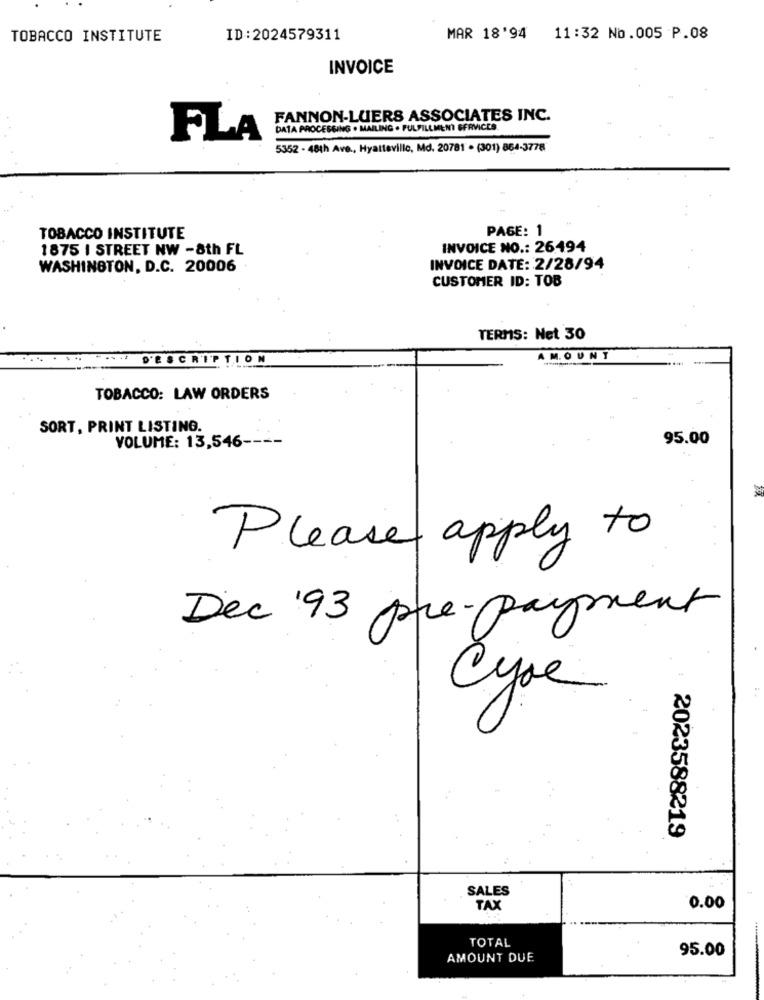
TOBACCO INSTITUTE
ID:2024579311
MAR 18'94 11:32 No.005 P.08
INVOICE
FANNON-LUERS ASSOCIATES INC.
DATA PROCESSING . MAILING . FULFILLMENT SERVICES.
FLA
5352 - 48th Ave ., Hyattsville, Md. 20781 . (301) 864-3778
PAGE: 1
TOBACCO INSTITUTE
1875 I STREET NW -8th FL
INVOICE NO .: 26194
WASHINGTON, D.C. 20006
INVOICE DATE: 2/28/94
CUSTOMER ID: TOB
TERMS: Net 30
DESCRIPTION
AMOUNT
TOBACCO: LAW ORDERS
SORT, PRINT LISTING.
VOLUME: 13,546 ----
95.00
Please apply to
Dec '93 pre-payment
Cyce
2023588219
SALES
TAX
0.00
TOTAL
AMOUNT DUE
95.00